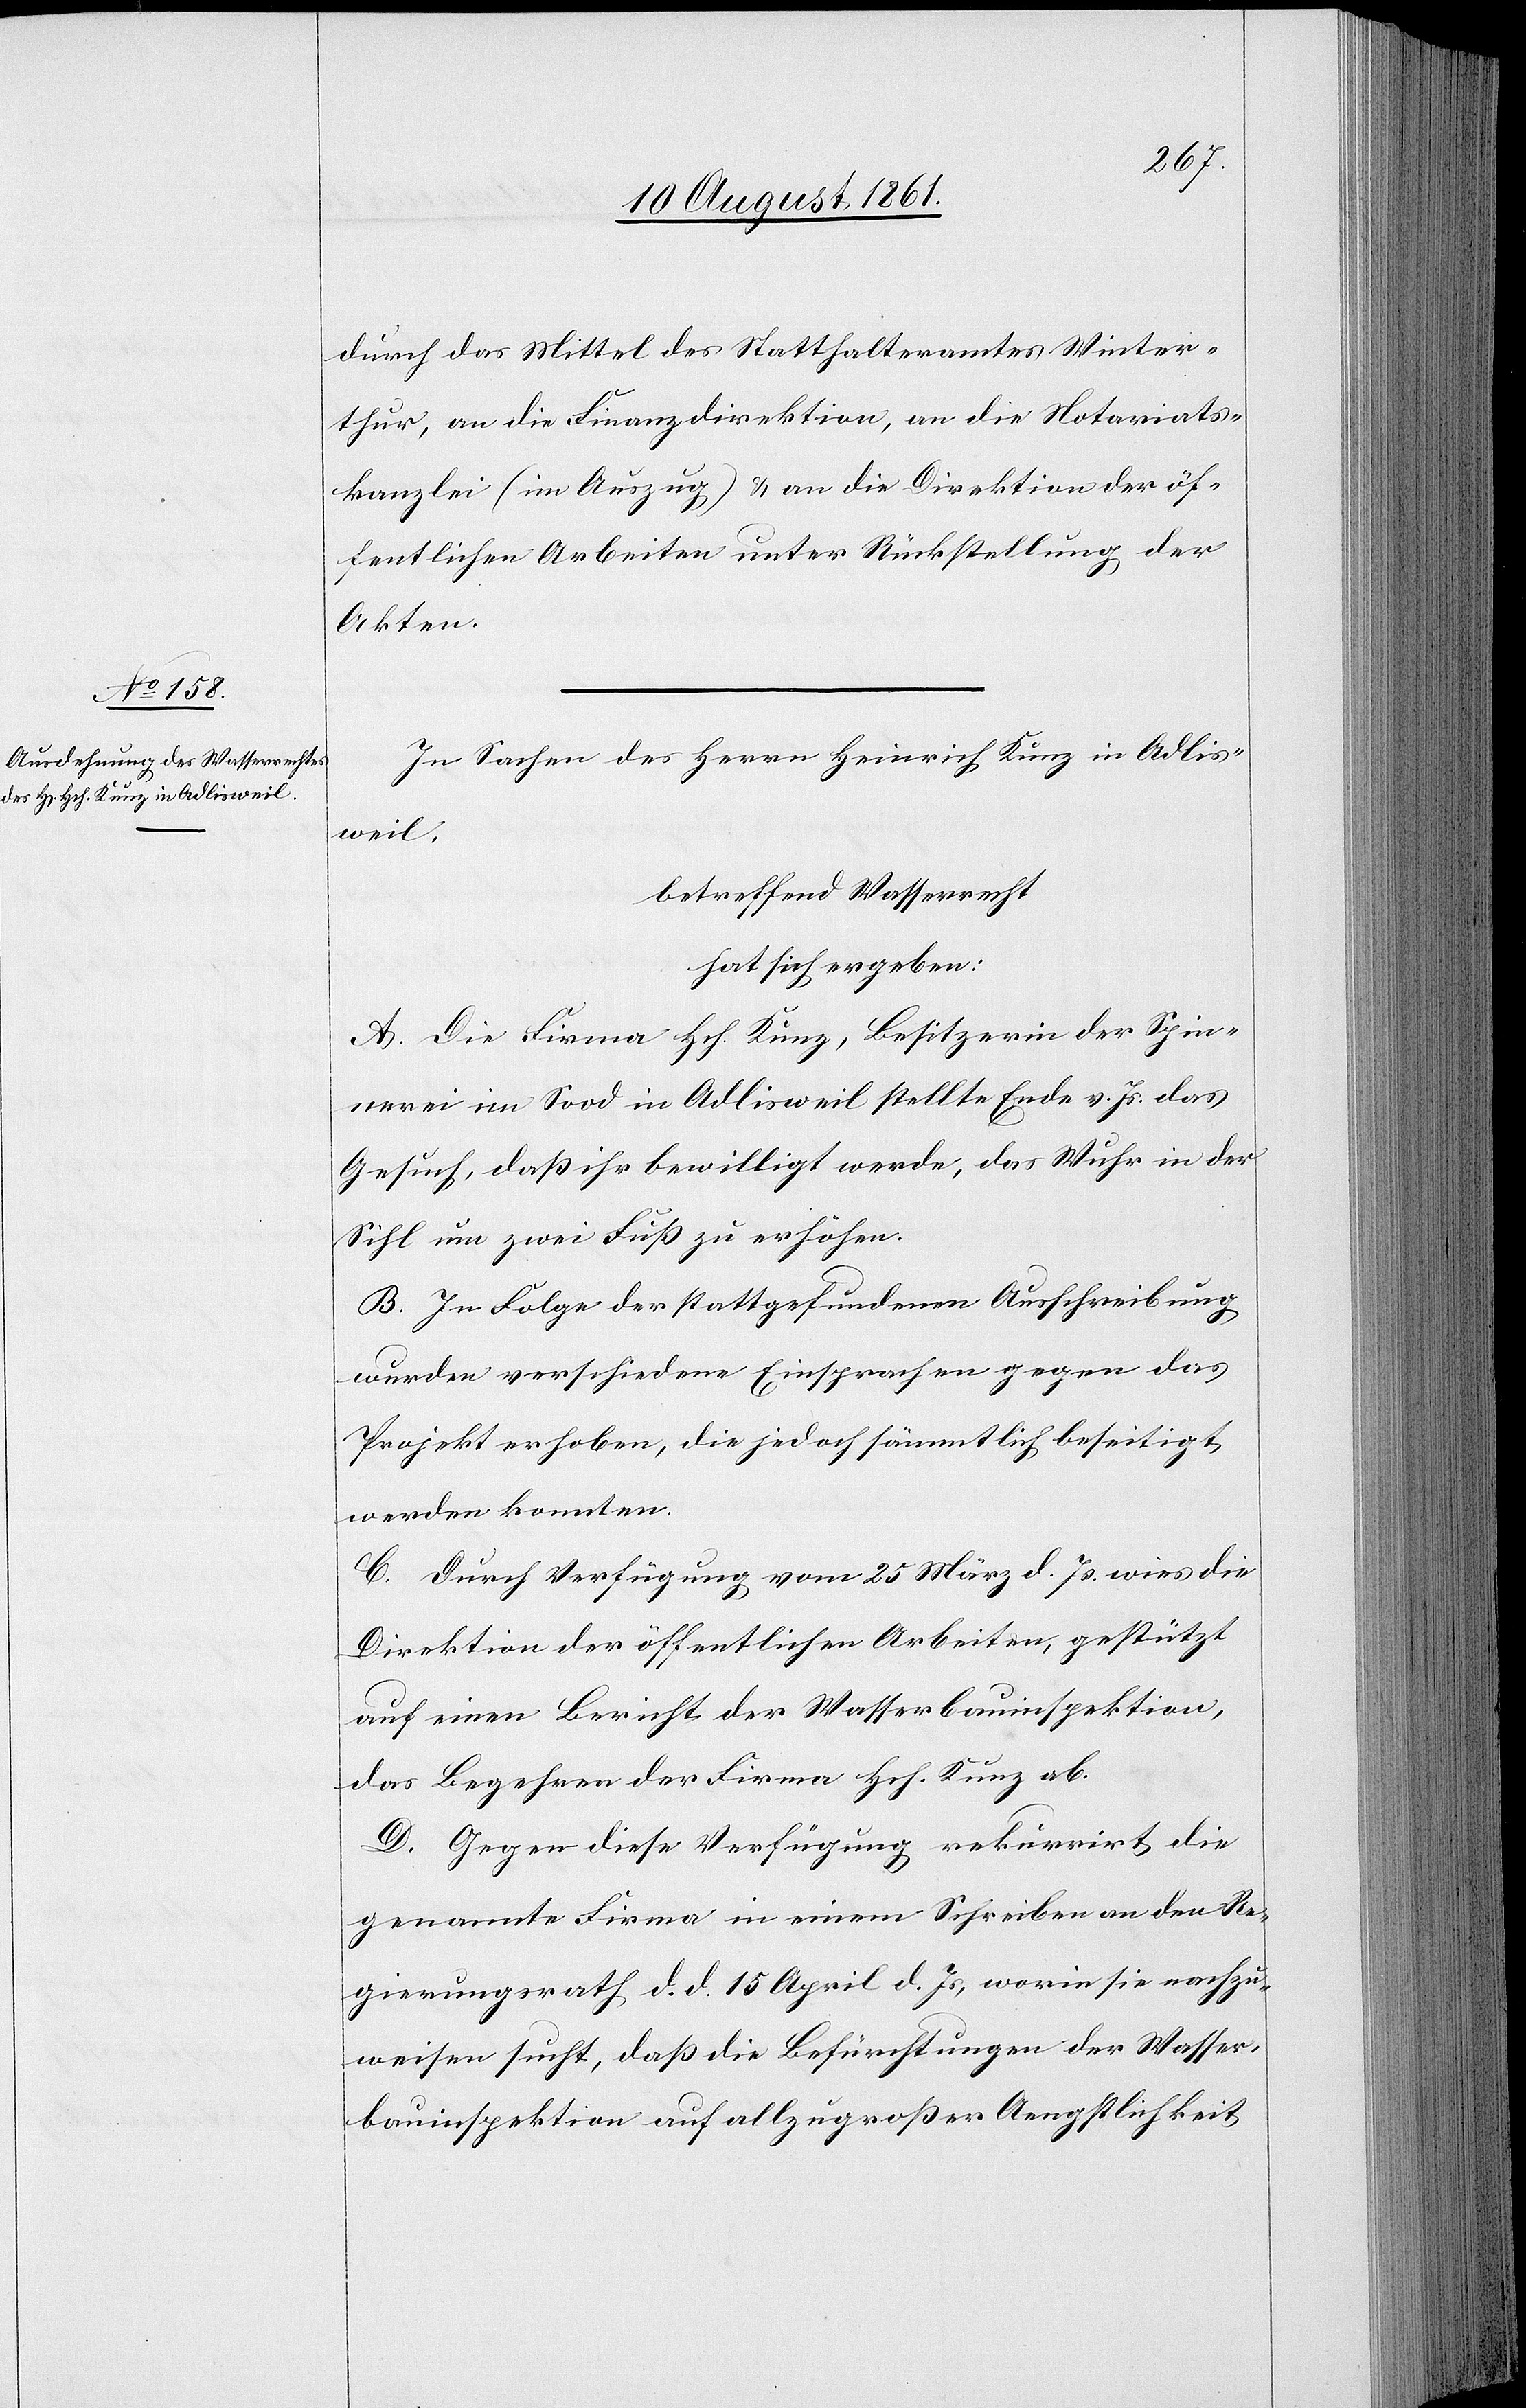
durch das Mittel des Statthalteramtes Winter¬
thur, an die Finanzdirektion, an die Notariats¬
kanzlei (im Auszug) u. an die Direktion der öf¬
fentlichen Arbeiten unter Rückstellung der
Akten.
In Sachen des Herrn Heinrich Kunz in Adlis¬
weil.
betreffend Wasserrecht
hat sich ergeben:
A. Die Firma Hch. Kunz, Besitzerin der Spin¬
nerei im Sood in Adlisweil stellte Ende v. Js. das
Gesuch, daß ihr bewilligt werde, das Wuhr in der
Sihl um zwei Fuß zu erhöhen.
B. In Folge der stattgefundenen Ausschreibung
wurden verschiedene Einsprachen gegen das
Projekt erhoben, die jedoch sämmtlich beseitigt
werden konnten.
C. Durch Verfügung vom 25 März d. Js. wies die
Direktion der öffentlichen Arbeiten, gestützt
auf einen Bericht der Wasserbauinspektion,
das Begehren der Firma Hch. Kunz ab.
D. Gegen diese Verfügung rekurrirt die
genannte Firma in einem Schreiben an den Re¬
gierungsrath, d. d. 15 April d. Js., worin sie nachzu¬
weisen sucht, daß die Befürchtungen der Wasser¬
bauinspektion auf allzu großer Aengstlichkeit